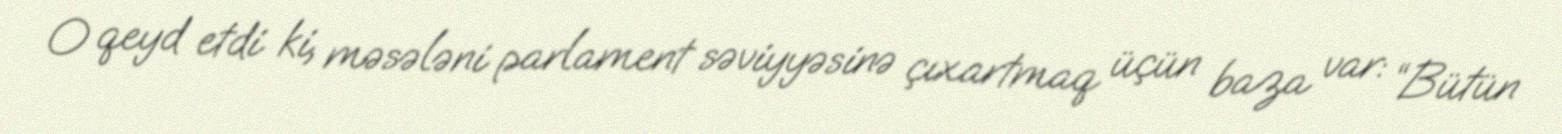
O qeyd etdi ki, məsələni parlament səviyyəsinə çıxartmaq üçün baza var: “Bütün